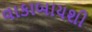
વાકાબાયશી